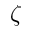
\zeta